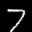
Label: 7